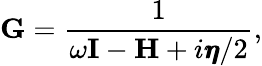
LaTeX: \mathbf{G}=\frac{1}{\omega\mathbf{I}-\mathbf{H}+i\pmb{\eta}/2},